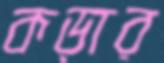
কড়ার